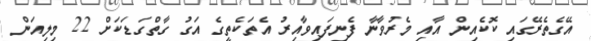
އޭގެތެރޭގައި ކޮކެއިން އާއި މެރުވާނާ ފެނިފައިވާއިރު އެތަކެތީގެ އަގު ގާތްގަޑަކަށް 22 މިލިއަން